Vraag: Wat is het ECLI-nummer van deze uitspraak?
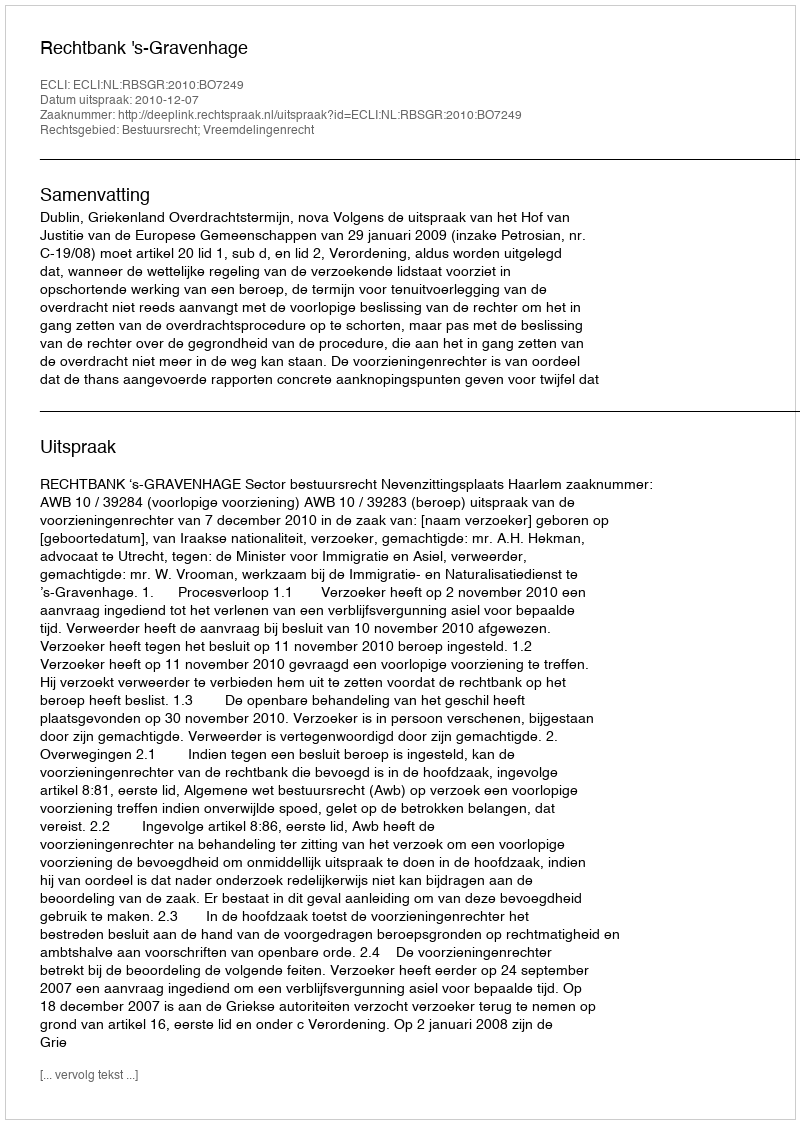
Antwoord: ECLI:NL:RBSGR:2010:BO7249